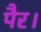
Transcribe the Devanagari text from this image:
पैर।